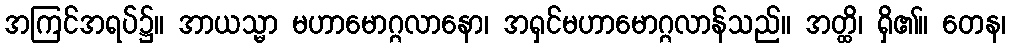
အကြင်အရပ်၌။ အာယသ္မာ မဟာမောဂ္ဂလာနော၊ အရှင်မဟာမောဂ္ဂလာန်သည်။ အတ္ထိ၊ ရှိ၏။ တေန၊